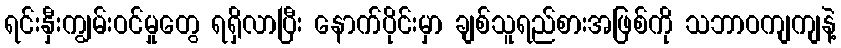
ရင်းနှီးကျွမ်းဝင်မှုတွေ ရရှိလာပြီး နောက်ပိုင်းမှာ ချစ်သူရည်စားအဖြစ်ကို သဘာဝကျကျနဲ့